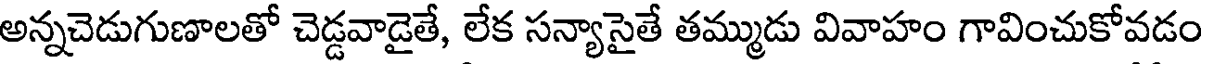
అన్నచెడుగుణాలతో చెడ్డవాడైతే, లేక సన్యాసైతే తమ్ముడు వివాహం గావించుకోవడం